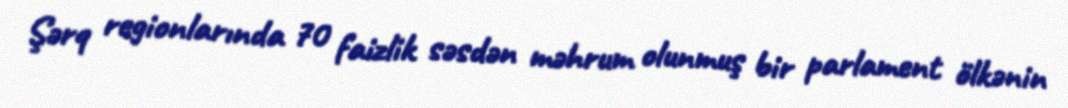
Şərq regionlarında 70 faizlik səsdən məhrum olunmuş bir parlament ölkənin